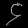
Digit: ၄